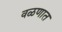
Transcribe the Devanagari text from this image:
वळणात